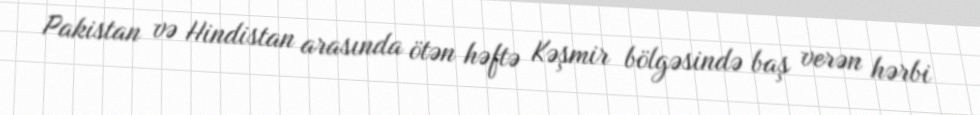
Pakistan və Hindistan arasında ötən həftə Kəşmir bölgəsində baş verən hərbi